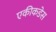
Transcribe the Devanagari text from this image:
एकीकडेस